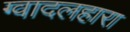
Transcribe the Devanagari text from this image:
ग्वादलहारा